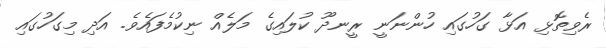
ރެވިތޮޅި އަޅާ ގަހުގައި ހުންނަނީ ރީނދޫ ކުލައިގެ މަލެއް ނިކުމެފައެވެ. އަދި މިގަހުގައި